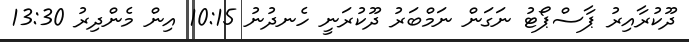
ދޫކުރާއިރު ޕާސްޕޯޓު ނަގަން ނަމްބަރު ދޫކުރަނީ ހެނދުނު 10:15 އިން މެންދިރު 13:30